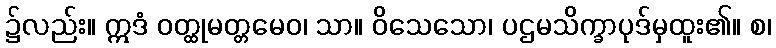
၌လည်း။ ဣဒံ ဝတ္ထုမတ္တမေဝ၊ သာ။ ဝိသေသော၊ ပဌမသိက္ခာပုဒ်မှထူး၏။ စ၊